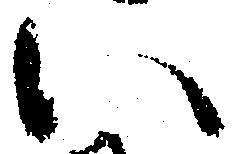
い